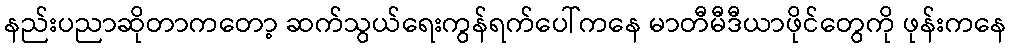
နည်းပညာဆိုတာကတော့ ဆက်သွယ်ရေးကွန်ရက်ပေါ်ကနေ မာတီမီဒီယာဖိုင်တွေကို ဖုန်းကနေ